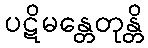
ပဋိမန္တေတုန္တိ